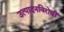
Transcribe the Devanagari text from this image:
उत्पादनविरोधी